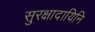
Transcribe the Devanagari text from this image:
सुरक्षादायिनि